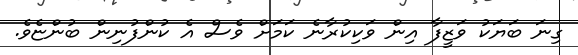
ގިނަ ބަޔަކު ވަޒީފާ އިން ވަކިކުރާނެ ކަމަށް ވެސް އެ ކުންފުނިން ބުންޏެވެ.